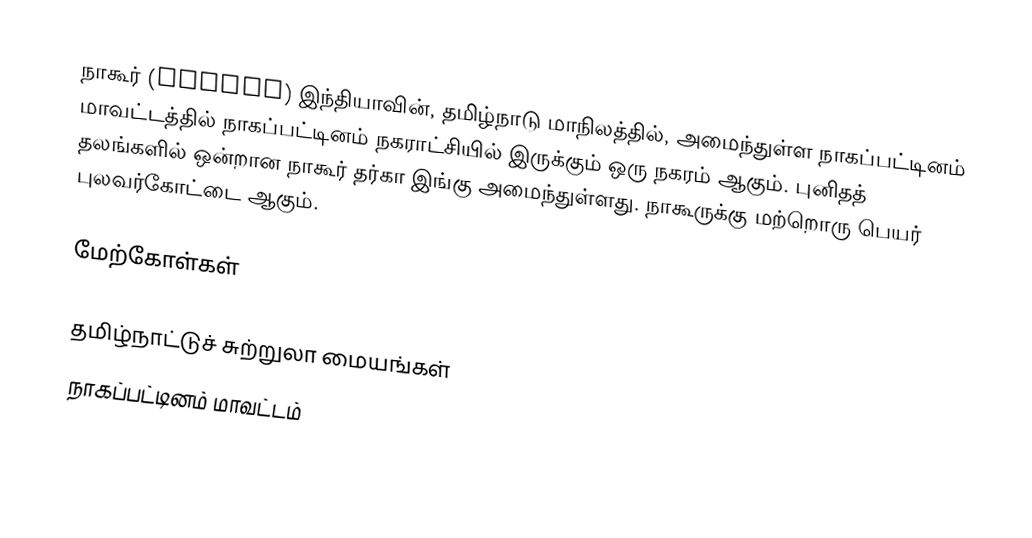
நாகூர் (Nagore) இந்தியாவின், தமிழ்நாடு மாநிலத்தில், அமைந்துள்ள நாகப்பட்டினம் மாவட்டத்தில் நாகப்பட்டினம் நகராட்சியில்  இருக்கும் ஒரு நகரம் ஆகும். புனிதத் தலங்களில் ஒன்றான நாகூர் தர்கா இங்கு அமைந்துள்ளது. நாகூருக்கு மற்றொரு பெயர் புலவர்கோட்டை ஆகும்.

மேற்கோள்கள்

தமிழ்நாட்டுச் சுற்றுலா மையங்கள்
நாகப்பட்டினம் மாவட்டம்